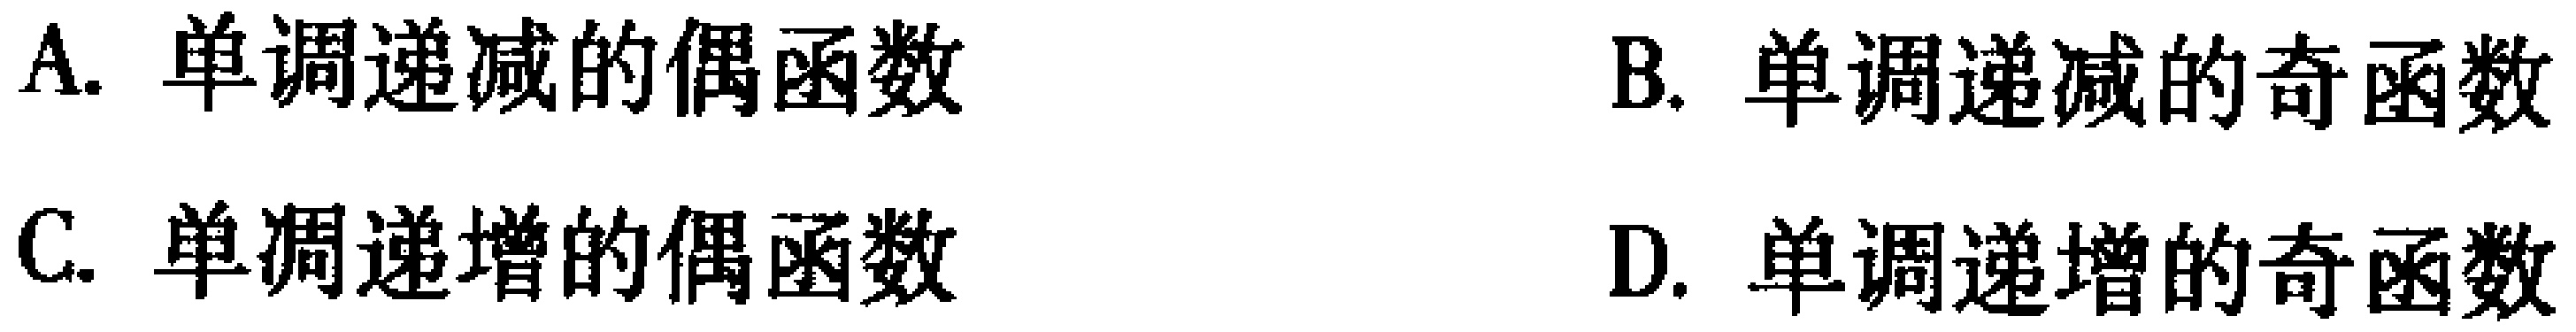
A. 单调递减的偶函数

B. 单调递减的奇函数

C. 单调递增的偶函数

D. 单调递增的奇函数